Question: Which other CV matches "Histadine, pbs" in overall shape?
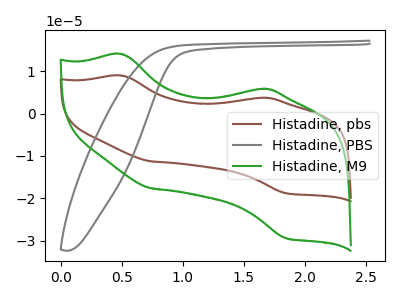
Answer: <think>The brown curve "Histadine, pbs" has anodic peaks at (0.50V, 9.00uA) (1.60V, 3.70uA) and cathodic peaks at (0.75V, -11.25uA) (1.85V, -18.80uA). The gray curve "Histadine, PBS" has no peaks. The green curve "Histadine, M9" has anodic peaks at (0.50V, 14.05uA) (1.60V, 5.80uA) and cathodic peaks at (0.75V, -17.65uA) (1.85V, -29.40uA).
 "Histadine, pbs" and "Histadine, PBS" have a different number of peaks. All the peaks in "Histadine, pbs" have a peak in "Histadine, M9" at the same potential. Every peak in "Histadine, pbs" is lower than every peak in "Histadine, M9". "Histadine, PBS" and "Histadine, M9" have a different number of peaks.</think>
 <answer>The CV with the most similar shape to "Histadine, M9" is "Histadine, pbs".</answer>
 <eval>"Histadine, pbs"</eval>